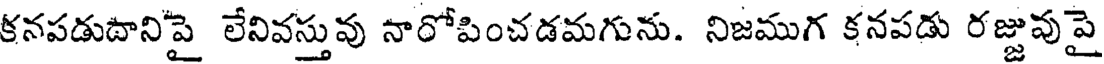
కనపడుదాని'పై లేనివస్తువు నారోపించడమగును. నిజముగ కనపడు రజ్జువుపై